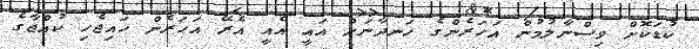
ކުޑަކޮށް ވިސްނާލުމުން އަހަރެންގެ ހަނދާނަށް އައީ އެއީ އެރޭ އަހަރެން ހައިޖެހި ކުއްޖާގެ